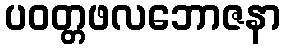
ပဝတ္တဖလဘောဇနာ